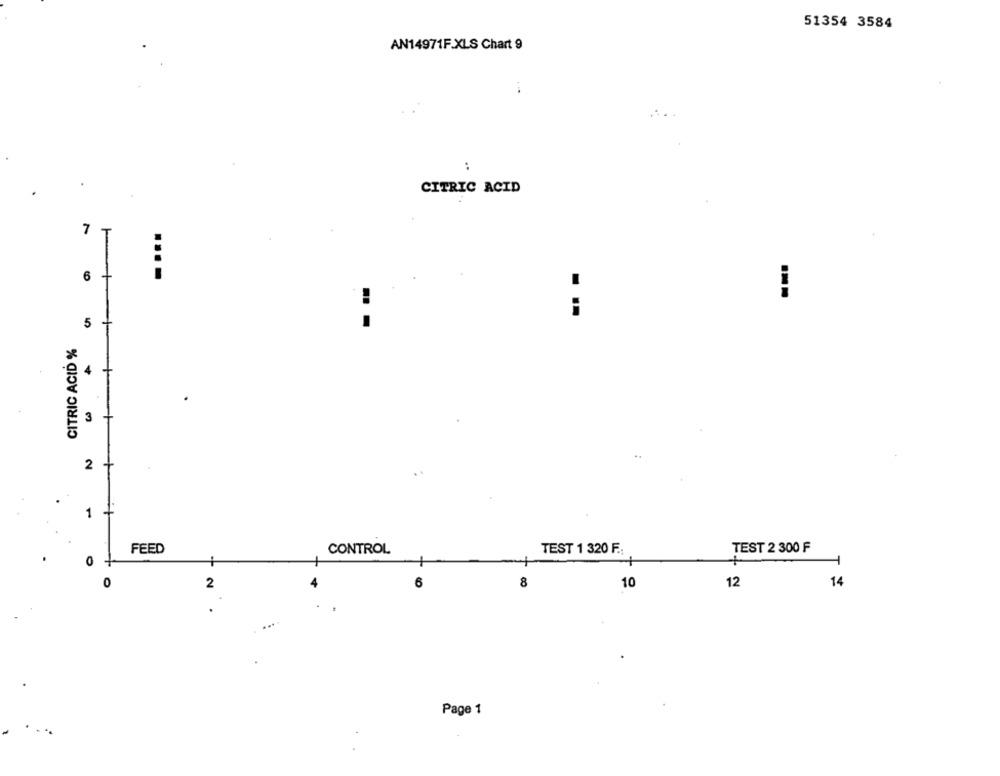
51354 3584
AN14971F.XLS Chart 9
..
CITRIC ACID
7
6
....
--
5
CITRIC ACID %
4
3
2
+
1
FEED
CONTROL
TEST 1 320 F .:
TEST 2 300 F
0
+
1
0
2
12
14
6
8
10
.
Page 1